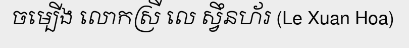
ចម្បើង លោកស្រី លេ ស្វឹនហ័រ (Le Xuan Hoa)